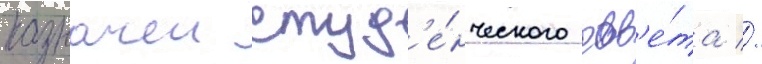
казначеи студ'е́нческого сов'е́та //